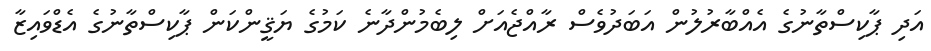
އަދި ޕާކިސްތާނުގެ އެއްބާރުލުން އަބަދުވެސް ރާއްޖެއަށް ލިބެމުންދާނެ ކަމުގެ ޔަޤީންކަން ޕާކިސްތާނުގެ އެޑްވައިޒާ